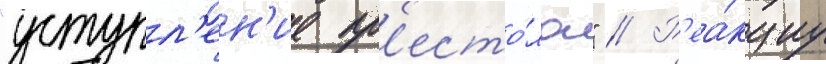
"уступл'ен'ие пр'есто́ла" // Р'еа́кциу